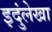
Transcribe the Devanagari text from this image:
इदुंलेखा